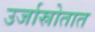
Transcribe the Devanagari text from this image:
उर्जास्रोतात